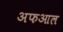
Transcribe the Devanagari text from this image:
अफआल